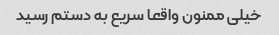
خیلی ممنون واقعا سریع به دستم رسید